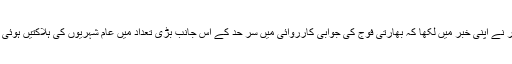
اخبار نے اپنی خبر میں لکھا کہ بھارتی فوج کی جوابی کارروائی میں سر حد کے اس جانب بڑی تعداد میں عام شہریوں کی ہلاکتیں ہوئی ہیں۔